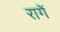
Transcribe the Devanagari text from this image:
रागें